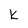
Character: k